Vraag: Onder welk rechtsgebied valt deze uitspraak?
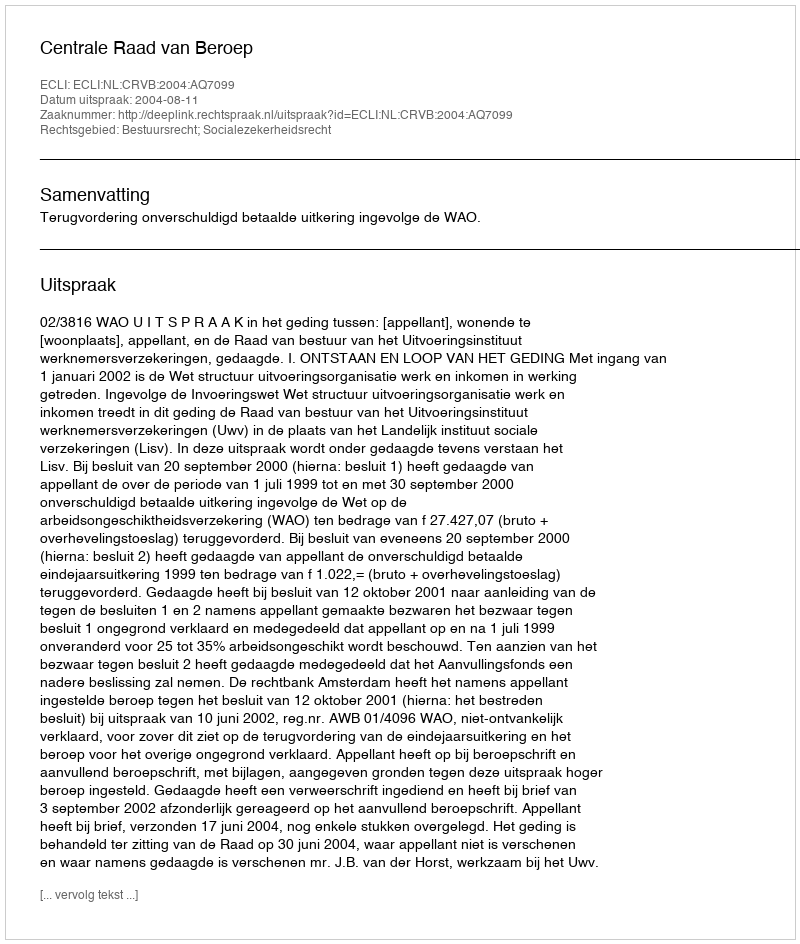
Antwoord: Bestuursrecht; Socialezekerheidsrecht